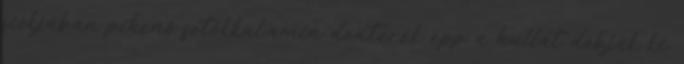
fiókjában pihenő fotókkal,amin dexterék épp a hullát dobják ki,